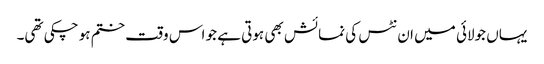
یہاں جولائی میں ان نٹس کی نمائش بھی ہوتی ہے جو اس وقت ختم ہو چکی تھی۔